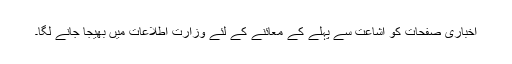
اخباری صفحات کو اشاعت سے پہلے کے معائنے کے لئے وزارت اطلاعات میں بھیجا جانے لگا۔